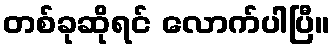
တစ်ခုဆိုရင် လောက်ပါပြီ။